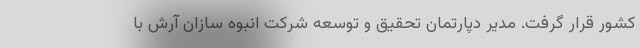
کشور قرار گرفت. مدیر دپارتمان تحقیق و توسعه شرکت انبوه سازان آرش با